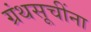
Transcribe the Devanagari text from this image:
ग्रंथसूचींना